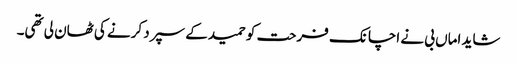
شاید اماں بی نے اچانک فرحت کو حمید کے سپرد کرنے کی ٹھان لی تھی۔